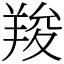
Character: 羧